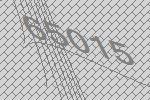
65015